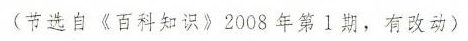
(节选自《百科知识》2008年第Ⅰ期，有改动)